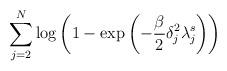
LaTeX: \begin{align*}\sum_{j=2}^N \log \left( 1 - \exp\left(-\frac{\beta}{2}\delta_j^2\lambda^s_j\right) \right) \end{align*}